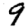
Digit: 9